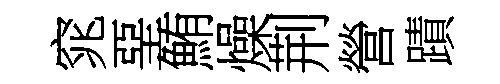
窕堊鮪燥荆營蹟